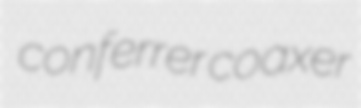
conferrer coaxer